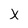
Character: X